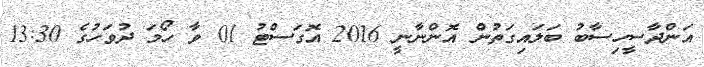
އަންދާސީހިސާބު ބަލައިގަތުން އޮންނާނީ 2016 އޮގަސްޓު 01 ވާ ހޯމަ ދުވަހުގެ 13:30